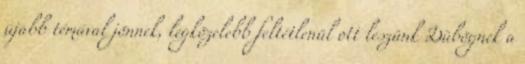
újabb témával jönnek, legközelebb feltétlenül ott leszünk Dübögnek a